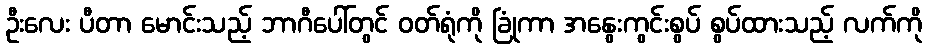
ဦးလေး ပီတာ မောင်းသည့် ဘာဂီပေါ်တွင် ဝတ်ရုံကို ခြုံကာ အနွေးကွင်းစွပ် စွပ်ထားသည့် လက်ကို